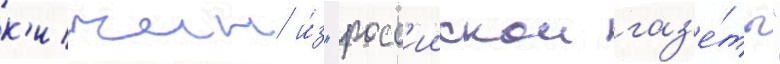
к'ичин и́з "росс'иискои газ'е́ты"